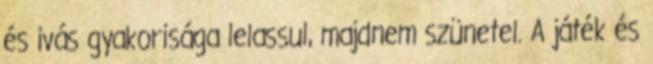
és ivás gyakorisága lelassul, majdnem szünetel. A játék és